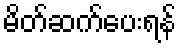
မိတ်ဆက်ပေးရန်